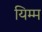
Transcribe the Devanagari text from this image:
यिम्म